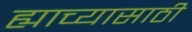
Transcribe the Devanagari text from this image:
ह्याच्यासाठी